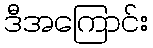
ဒီအကြောင်း